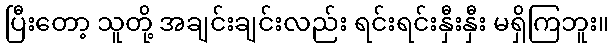
ပြီးတော့ သူတို့ အချင်းချင်းလည်း ရင်းရင်းနှီးနှီး မရှိကြဘူး။